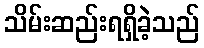
သိမ်းဆည်းရရှိခဲ့သည်